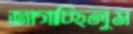
জাগাচ্ছিলুম